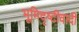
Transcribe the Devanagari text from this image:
भूमिदृष्टीवादी